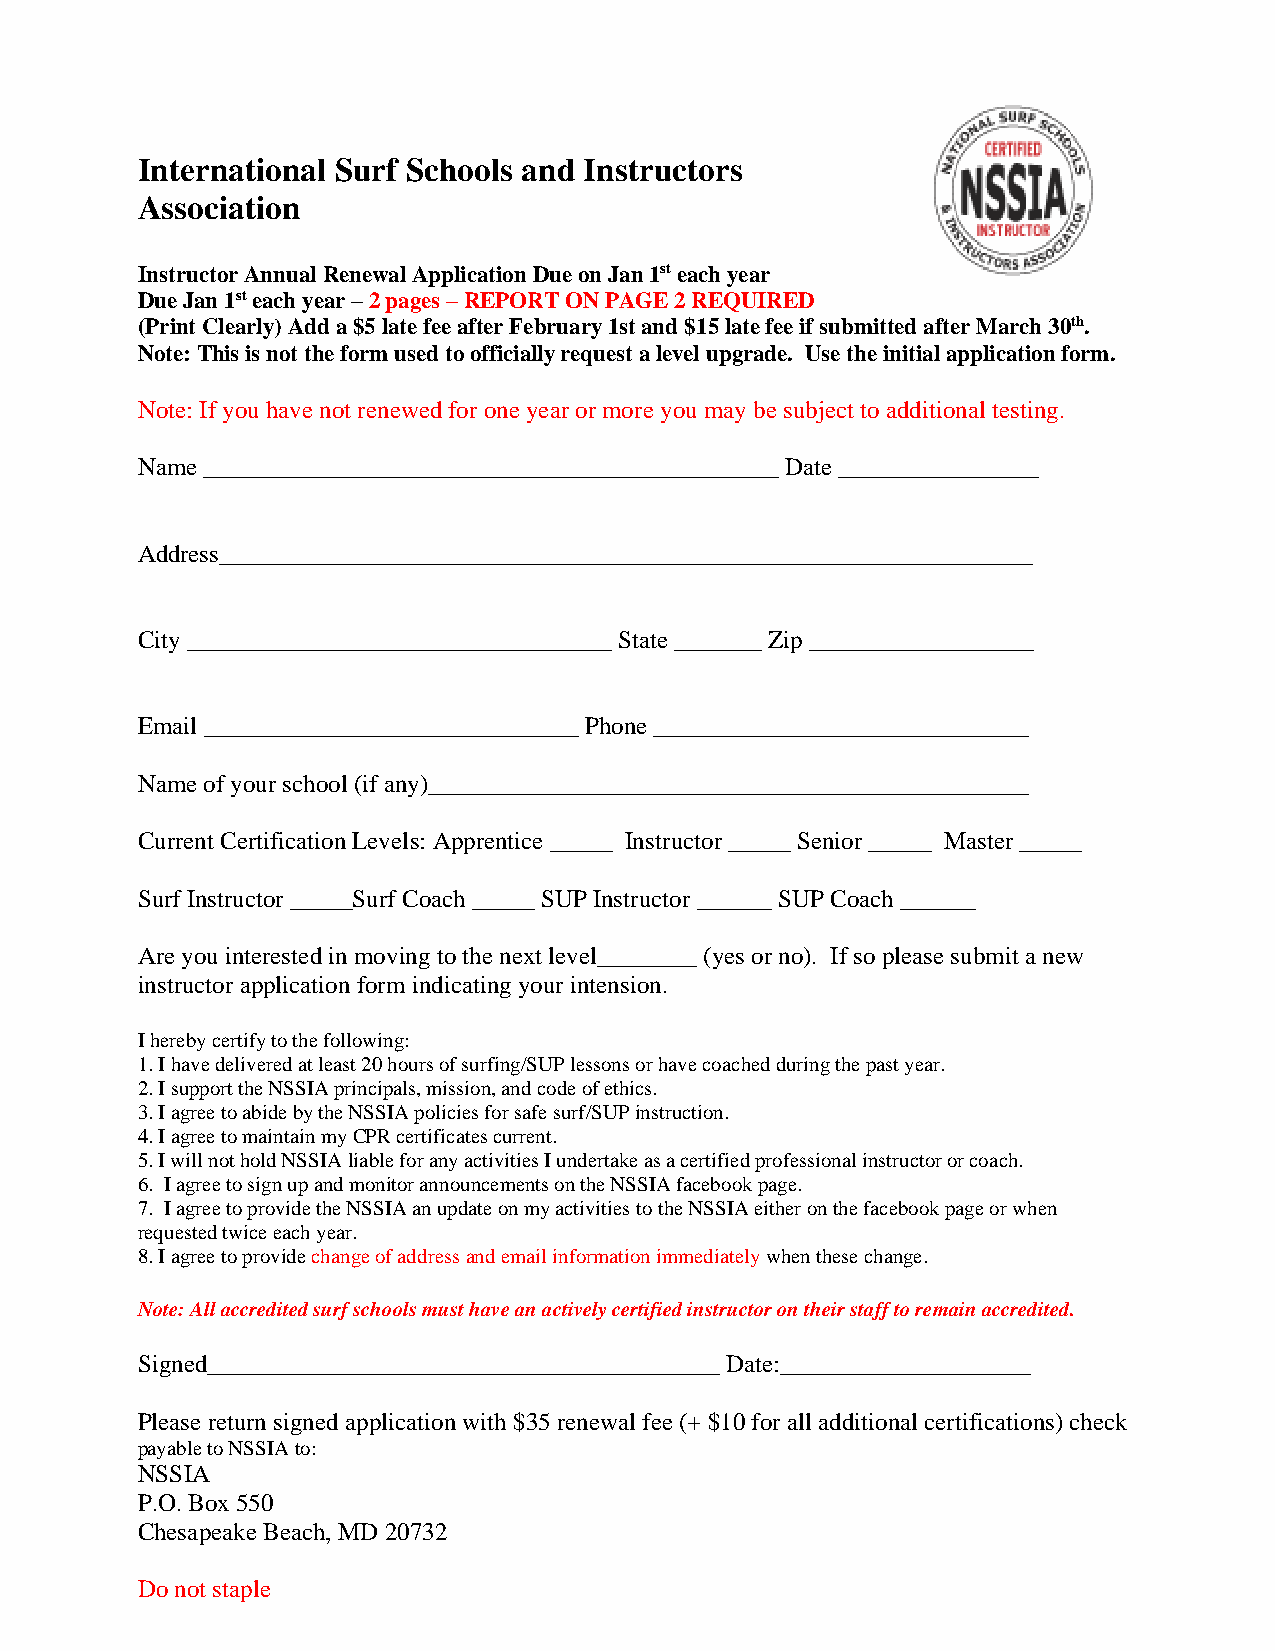
International Surf Schools and Instructors
 Association
 Instructor Annual Renewal Application Due on Jan 1st each year
 Due Jan 1st each year – 2 pages – REPORT ON PAGE 2 REQUIRED
 (Print Clearly) Add a $5 late fee after February 1st and $15 late fee if submitted after March 30th.
 Note: This is not the form used to officially request a level upgrade. Use the initial application form.
 Note: If you have not renewed for one year or more you may be subject to additional testing.
 Name ______________________________________________ Date ________________
 Address_________________________________________________________________
 City __________________________________ State _______ Zip __________________
 Email ______________________________ Phone ______________________________
 Name of your school (if any)________________________________________________
 Current Certification Levels: Apprentice _____ Instructor _____ Senior _____ Master _____
 Surf Instructor _____Surf Coach _____ SUP Instructor ______ SUP Coach ______
 Are you interested in moving to the next level________ (yes or no). If so please submit a new
 instructor application form indicating your intension.
 I hereby certify to the following:
 1. I have delivered at least 20 hours of surfing/SUP lessons or have coached during the past year.
 2. I support the NSSIA principals, mission, and code of ethics.
 3. I agree to abide by the NSSIA policies for safe surf/SUP instruction.
 4. I agree to maintain my CPR certificates current.
 5. I will not hold NSSIA liable for any activities I undertake as a certified professional instructor or coach.
 6. I agree to sign up and monitor announcements on the NSSIA facebook page.
 7. I agree to provide the NSSIA an update on my activities to the NSSIA either on the facebook page or when
 requested twice each year.
 8. I agree to provide change of address and email information immediately when these change.
 Note: All accredited surf schools must have an actively certified instructor on their staff to remain accredited.
 Signed_________________________________________ Date:____________________
 Please return signed application with $35 renewal fee (+ $10 for all additional certifications) check
 payable to NSSIA to:
 NSSIA
 P.O. Box 550
 Chesapeake Beach, MD 20732
 Do not staple